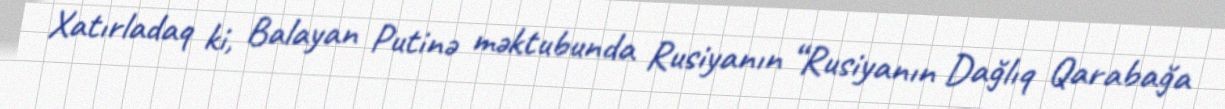
Xatırladaq ki, Balayan Putinə məktubunda Rusiyanın “Rusiyanın Dağlıq Qarabağa